Annual administration and progress report of the Indian Medical Department, Bombay
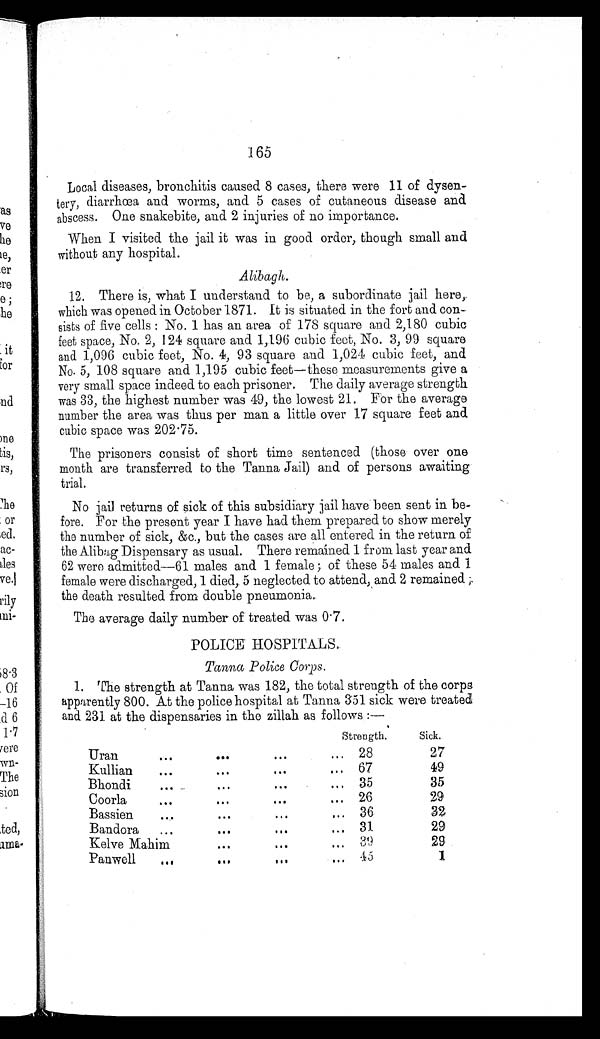
165
Local diseases, bronchitis caused 8 cases, there were 11 of dysen
-tery, diarrhœa and worms, and 5 cases of cutaneous disease and
abscess. One snakebite, and 2 injuries of no importance.
When I visited the jail it was in good order, though small and
without any hospital.
Alibagh.
12. There is, what I understand to be, a subordinate jail here,
which was opened in October 1871. It is situated in the fort and con
-sists of five cells: No. 1 has an area of 178 square and 2,180 cubic
feet space, No. 2, 124 square and 1,196 cubic feet, No. 3, 99 square
and 1,096 cubic feet, No. 4, 93 square and 1,024 cubic feet, and
No. 5, 108 square and 1,195 cubic feet—these measurements give a
very small space indeed to each prisoner. The daily average strength
was 33, the highest number was 49, the lowest 21. For the average
number the area was thus per man a little over 17 square feet and
cubic space was 202.75.
The prisoners consist of short time sentenced (those over one
month are transferred to the Tanna Jail) and of persons awaiting
trial.
No jail returns of sick of this subsidiary jail have been sent in be
-fore. For the present year I have had them prepared to show merely
the number of sick, &c., but the cases are all entered in the return of
the Alibag Dispensary as usual. There remained l from last year and
62 were admitted—61 males and l female; of these 54 males and 1
female were discharged, 1 died, 5 neglected to attend, and 2 remained;
the death resulted from double pneumonia.
The average daily number of treated was 0.7.
POLICE HOSPITALS.
Ta n n a P o l i c e C o r p s .
1. The strength at Tanna was 182, the total strength of the corps
apparently 800. At the police hospital at Tanna 351 sick were treated
and 231 at the dispensaries in the zillah as follows:—
Strength.
Sick.
Uran . . .
28
27
Kullian . . .
67
49
Bhondi . . .
35
35
Coorla . . .
26
29
Bassien . . .
3 6
32
Bandora . . .
31
29
Kelve Mahim . . .
3 9
29
Panwell . . .
4 5
1